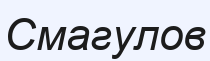
Смагулов